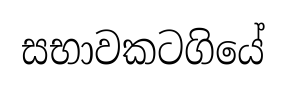
සභාවකටගියේ